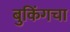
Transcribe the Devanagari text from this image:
बुकिंगचा